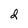
Character: 2